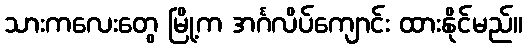
သားကလေးတွေ မြို့က အင်္ဂလိပ်ကျောင်း ထားနိုင်မည်။